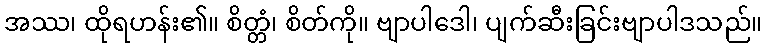
အဿ၊ ထိုရဟန်း၏။ စိတ္တံ၊ စိတ်ကို။ ဗျာပါဒေါ၊ ပျက်ဆီးခြင်းဗျာပါဒသည်။